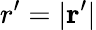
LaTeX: r^{\prime}=|\mathbf{r}^{\prime}|